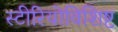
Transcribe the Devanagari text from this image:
स्टीरियोविशिष्ट